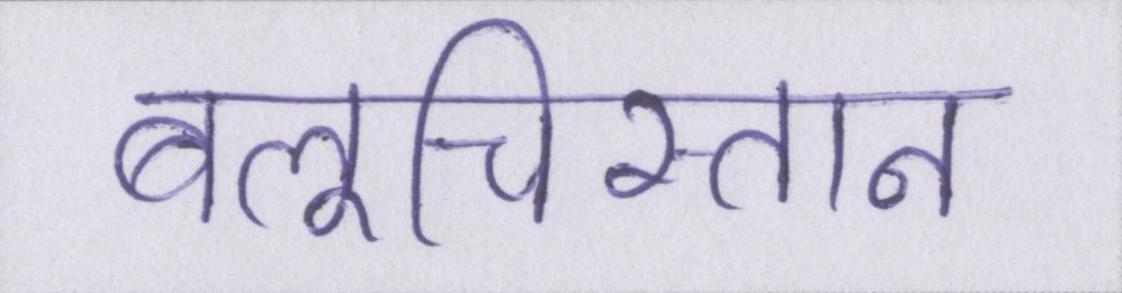
बलूचिस्तान